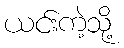
ယင်းကဲ့သို့